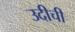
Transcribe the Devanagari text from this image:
उदीची